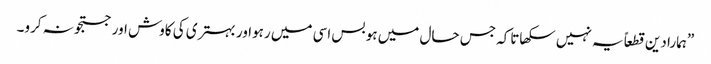
”ہمارا دین قطعاً یہ نہیں سکھاتاکہ جس حال میں ہو بس اسی میں رہواور بہتری کی کاوش اور جستجو نہ کرو۔